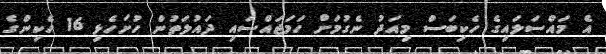
އެ މައްސަލައިގެ ހެކިބަސް މިއަދު ނެގުމަށް ހަމަޖައްސައި ދައުލަތުން ހުށަހެޅި 16 ހެކިންގެ